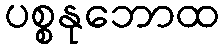
ပစ္စနုဘောထ